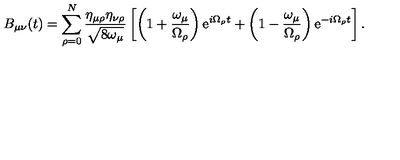
B _ { \mu \nu } ( t ) = \sum _ { \rho = 0 } ^ { N } \frac { \eta _ { \mu \rho } \eta _ { \nu \rho } } { \sqrt { 8 \omega _ { \mu } } } \left[ \left( 1 + \frac { \omega _ { \mu } } { \Omega _ { \rho } } \right) \mathrm { e } ^ { i \Omega _ { \rho } t } + \left( 1 - \frac { \omega _ { \mu } } { \Omega _ { \rho } } \right) \mathrm { e } ^ { - i \Omega _ { \rho } t } \right] .